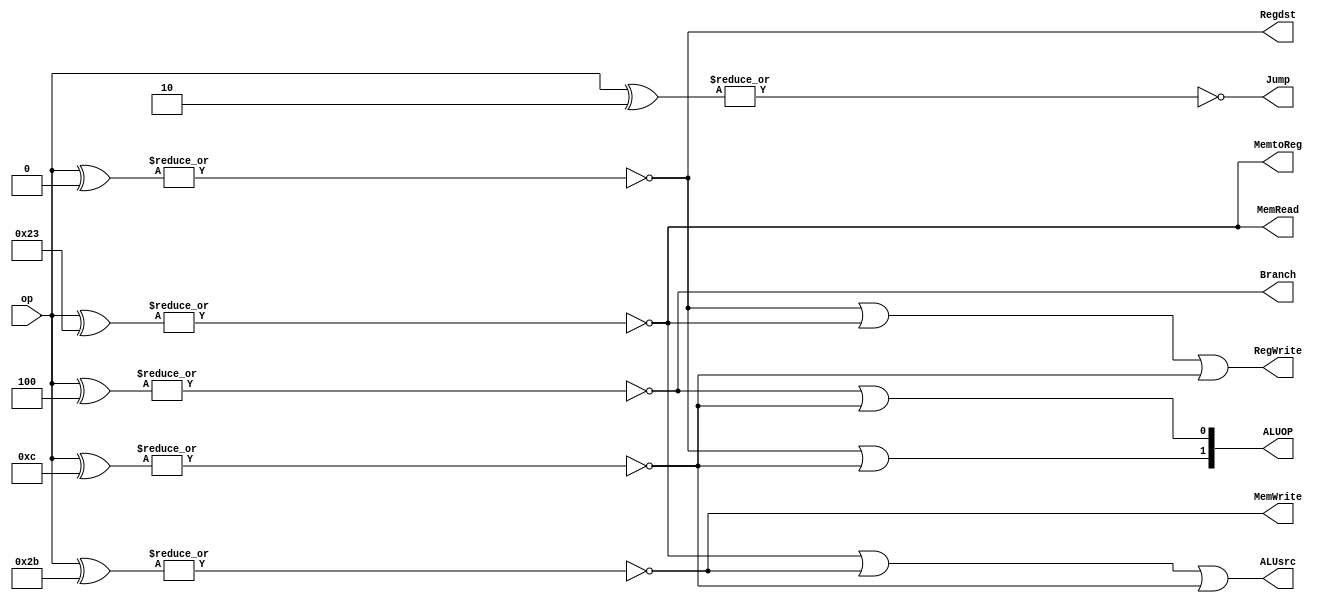
module control( op, Regdst, ALUsrc, MemtoReg, RegWrite, MemRead, MemWrite, Branch, Jump, ALUOP ) ;
  input [05:00] op ;
  output Regdst, ALUsrc, MemtoReg, RegWrite, MemRead, MemWrite, Branch, Jump; 
  output [01:00] ALUOP ;
  wire rt, lw, sw, beq, andi ;

  assign rt = ~( |( op ^ 6'b000000 ) ) ;  // compare op with 000000
  assign lw = ~( |( op ^ 6'b100011 ) ) ;  
  assign sw = ~( |( op ^ 6'b101011 ) ) ;  
  assign beq = ~( |( op ^ 6'b000100 ) ) ;  
  assign andi = ~( |( op ^ 6'b001100 ) ) ;  

  assign Regdst = rt ;
  assign ALUsrc = lw | sw | andi ;
  assign MemtoReg = lw ;
  assign RegWrite = rt | lw | andi ;
  assign MemRead = lw ;
  assign MemWrite = sw ;
  assign Branch = beq ;
  assign ALUOP[1] = rt | andi;
  assign ALUOP[0] = beq | andi;  
  assign Jump = ~( |( op ^ 6'b000010 ) ) ;  

endmodule